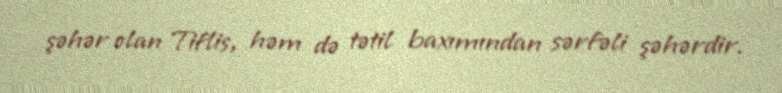
şəhər olan Tiflis, həm də tətil baxımından sərfəli şəhərdir.